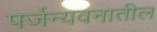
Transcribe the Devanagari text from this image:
पर्जन्यवनातील